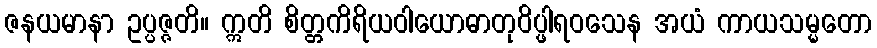
ဇနယမာနာ ဥပ္ပဇ္ဇတိ။ ဣတိ စိတ္တကိရိယဝါယောဓာတုဝိပ္ဖါရဝသေန အယံ ကာယသမ္မတော